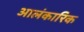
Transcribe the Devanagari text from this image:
आलंकारिक